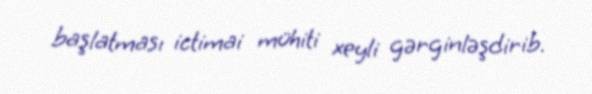
başlatması ictimai mühiti xeyli gərginləşdirib.